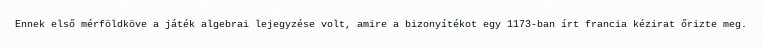
Ennek első mérföldköve a játék algebrai lejegyzése volt, amire a bizonyítékot egy 1173-ban írt francia kézirat őrizte meg.